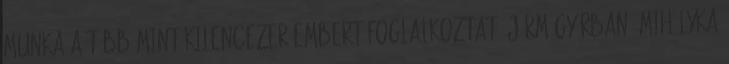
munka a több mint kilencezer embert foglalkoztató járműgyárban. Mihályka